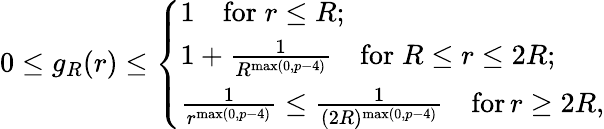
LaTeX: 0\leq g_{R}(r)\leq\left\{ \begin{array}{ll}{1\quad\mathrm{for}\; r\leq R;}\\ {1+\frac{1}{R^{\operatorname*{max}(0,p-4)}}\quad\mathrm{for}\; R\leq r\leq 2R;}\\ {\frac{1}{r^{\operatorname*{max}(0,p-4)}}\leq\frac{1}{(2R)^{\operatorname*{max}(0,p-4)}}\quad\mathrm{for}\, r\geq 2R,}\end{array}\right.